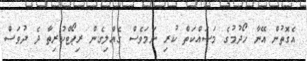
އެގޮތުން އޭނާ ހޯދުމުގެ މަސައްކަތް ކުރި ނަމަވެސް ގެއްލިގެން ރިޕޯޓްކުރިތާ ދެ ދުވަސް